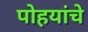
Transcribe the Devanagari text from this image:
पोहयांचे